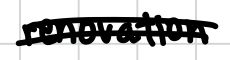
Text: renovation
Cross-out: double-line
Writing tool: digital_black